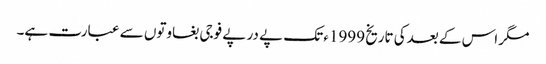
مگر اس کے بعدکی تاریخ 1999ء تک پے در پے فوجی بغاوتوں سے عبارت ہے۔